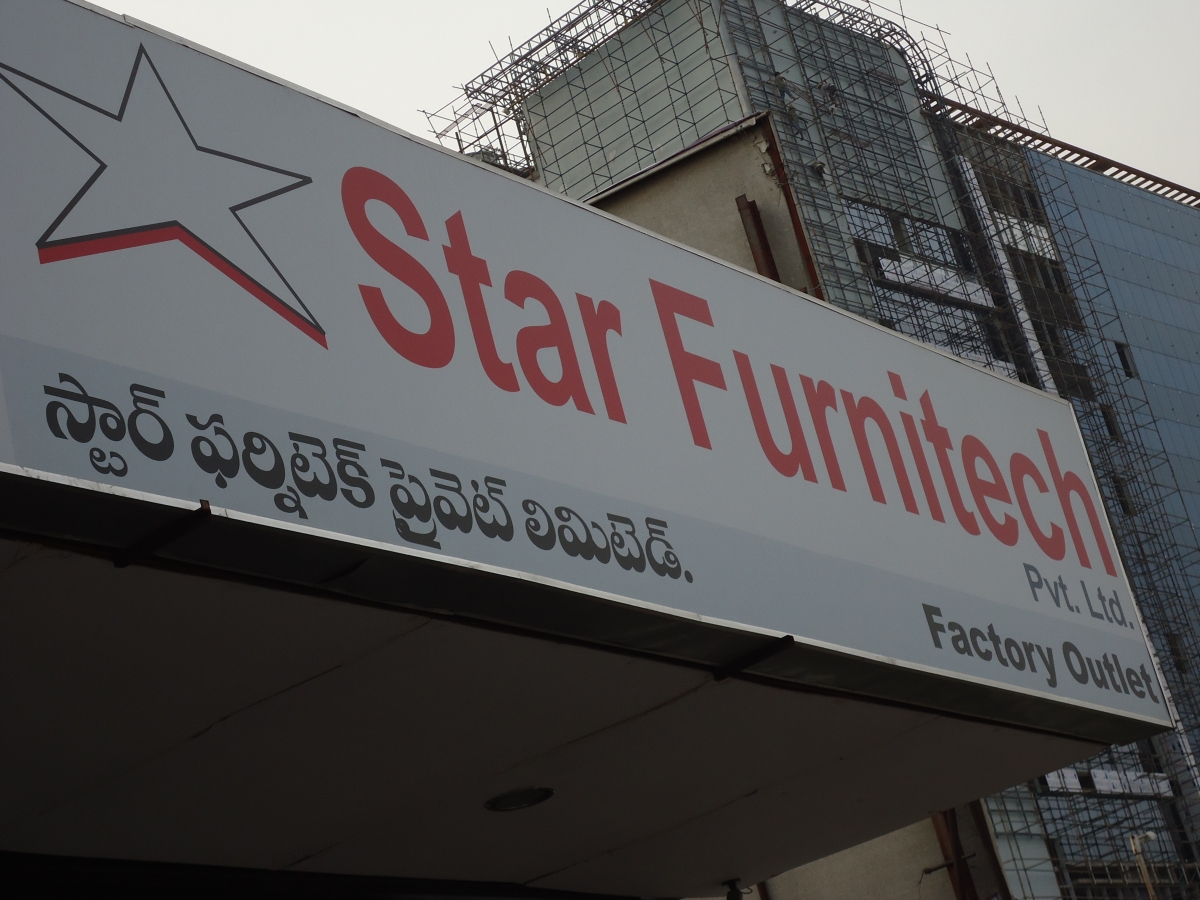
Language: telugu
Transcription: స్టార్ ఫర్నిటెక్ ప్రేవెట్